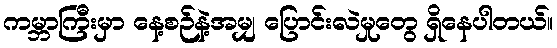
ကမ္ဘာကြီးမှာ နေ့စဉ်နဲ့အမျှ ပြောင်းလဲမှုတွေ ရှိနေပါတယ်။